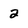
Character: 2